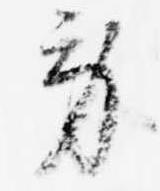
労